Civil Veterinary Dept. Bombay admin report 1914-1922 - 1914-1922
Year: 1914
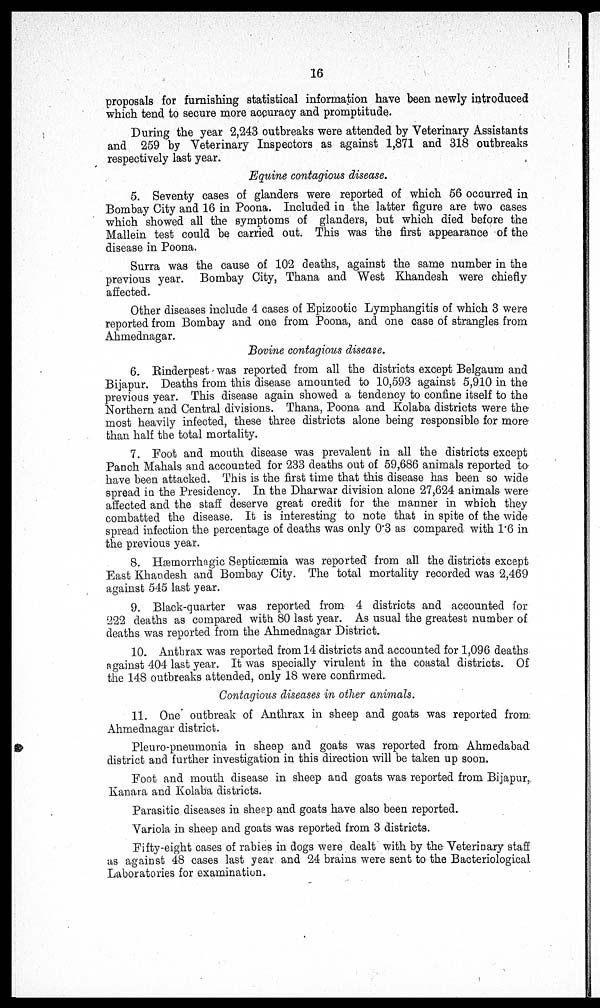
16
proposals for furnishing statistical information have been newly introduced
which tend to secure more accuracy and promptitude.
During the year 2,243 outbreaks were attended by Veterinary Assistants
and 259 by Veterinary Inspectors as against 1,871 and 318 outbreaks
respectively last year.
Equine contagious disease.
5. Seventy cases of glanders were reported of which 56 occurred in
Bombay City and 16 in Poona. Included in the latter figure are two cases
which showed all the symptoms of glanders, but which died before the
Mallein test could be carried out. This was the first appearance of the
disease in Poona.
Surra was the cause of 102 deaths, against the same number in the
previous year. Bombay City, Thana and West Khandesh were chiefly
affected.
Other diseases include 4 cases of Epizootic Lymphangitis of which 3 were
reported from Bombay and one from Poona, and one case of strangles from
Ahmednagar.
Bovine contagious disease.
6. Rinderpest was reported from all the districts except Belgaum and
Bijapur. Deaths from this disease amounted to 10,593 against 5,910 in the
previous year. This disease again showed a tendency to confine itself to the
Northern and Central divisions, Thana, Poona and Kolaba districts were the
most heavily infected, these three districts alone being responsible for more
than half the total mortality.
7. Foot and mouth disease was prevalent in all the districts except
Panch Mahals and accounted for 233 deaths out of 59,686 animals reported to
have been attacked. This is the first time that this disease has been so wide
spread in the Presidency. In the Dharwar division alone 27,624 animals were
affected and the staff deserve great credit for the manner in which they
combatted the disease. It is interesting to note that in spite of the wide
spread infection the percentage of deaths was only 0.3 as compared with 1.6 in
the previous year.
8. Hæmorrhagic Septicæmia was reported from all the districts except
East Khandesh and Bombay City. The total mortality recorded was 2,469
against 545 last year.
9. Black-quarter was reported from 4 districts and accounted for
222 deaths as compared with 80 last year. As usual the greatest number of
deaths was reported from the Ahmednagar District.
10. Anthrax was reported from 14 districts and accounted for 1,096 deaths
against 404 last year. It was specially virulent in the coastal districts. Of
the 148 outbreaks attended, only 18 were confirmed.
Contagious diseases in other animals.
11. One outbreak of Anthrax in sheep and goats was reported from
Ahmednagar district.
Pleuro-pneumonia in sheep and goats was reported from Ahmedabad
district and further investigation in this direction will be taken up soon.
Foot and mouth disease in sheep and goats was reported from Bijapur,
Kanara and Kolaba districts.
Parasitic diseases in sheep and goats have also been reported.
Variola in sheep and goats was reported from 3 districts.
Fifty-eight cases of rabies in dogs were dealt with by the Veterinary staff
as against 48 cases last year and 24 brains were sent to the Bacteriological
Laboratories for examination.